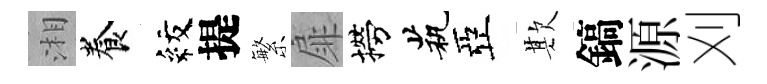
湘養紋提繁扉撈茕亞欺鎬源刈